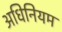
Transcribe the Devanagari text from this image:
अधिनियम